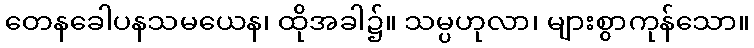
တေနခေါပနသမယေန၊ ထိုအခါ၌။ သမ္ပဟုလာ၊ များစွာကုန်သော။